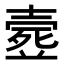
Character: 𣩉